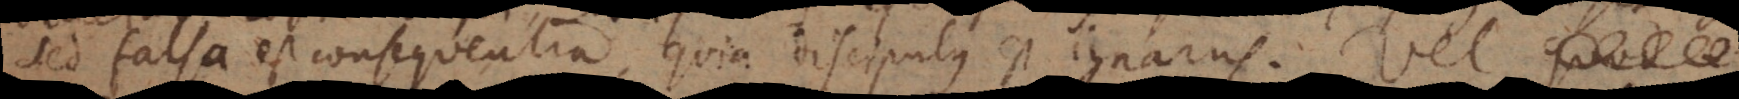
sed falsa est consequentia, quia discipulus est ignarus. Vel